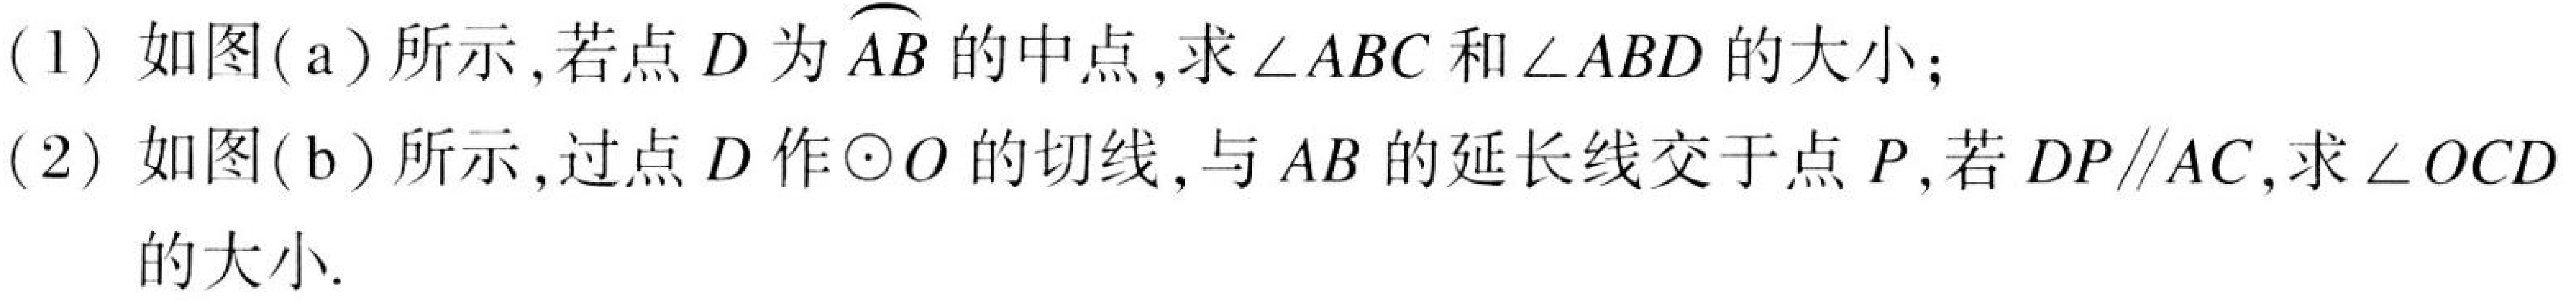
(1) 如图(a)所示,若点\(D\)为\(\overset{\frown}{AB}\)的中点,求\(\angle ABC\)和\(\angle ABD\)的大小;
(2) 如图(b)所示,过点\(D\)作\(\odot O\)的切线,与\(AB\)的延长线交于点\(P\),若\(DP\parallel AC\),求\(\angle OCD\)的大小.